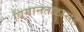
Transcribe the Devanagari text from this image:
विमानतळासह